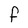
Character: F